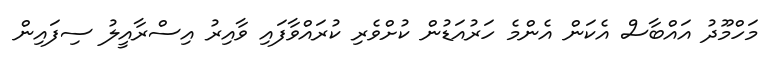
މަހްމޫދު އައްބާސް އެކަން އެންމެ ހަރުއަޑުން ކުށްވެރި ކުރައްވާފައި ވާއިރު އިސްރާއީލު ސިފައިން